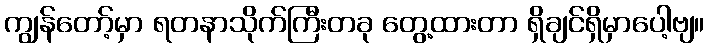
ကျွန်တော့်မှာ ရတနာသိုက်ကြီးတခု တွေ့ထားတာ ရှိချင်ရှိမှာပေါ့ဗျ။